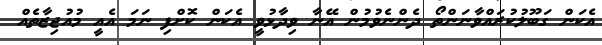
އެކަން ގަބޫލުކުރައްވާނަންތޯ ދެންނެވުމުން އޭނާ ވިދާޅުވީ އެކަން ކޮށްފި ނަމަ އެއީ މުއުޖިޒާތެއް